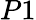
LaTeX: P1